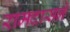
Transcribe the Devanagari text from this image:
रामदासने